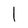
Character: l